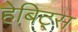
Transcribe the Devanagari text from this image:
हेबिट्स